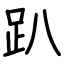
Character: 趴